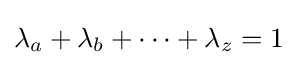
\lambda _{a}+\lambda _{b}+\cdots +\lambda _{z}=1